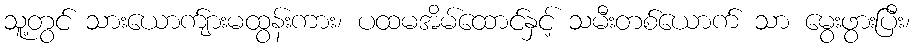
သူ့တွင် သားယောက်ျားမထွန်းကား၊ ပထမအိမ်ထောင်နှင့် သမီးတစ်ယောက် သာ မွေးဖွားပြီး၊